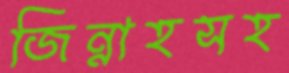
জিন্নাহসহ